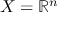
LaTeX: X = \mathbb { R } ^ { n }